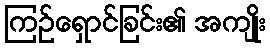
ကြဉ်ရှောင်ခြင်း၏ အကျိုး